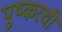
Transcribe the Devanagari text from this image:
पुष्करची